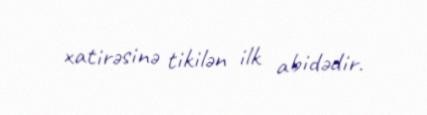
xatirəsinə tikilən ilk abidədir.